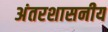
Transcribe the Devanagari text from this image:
अंतरशासनीय